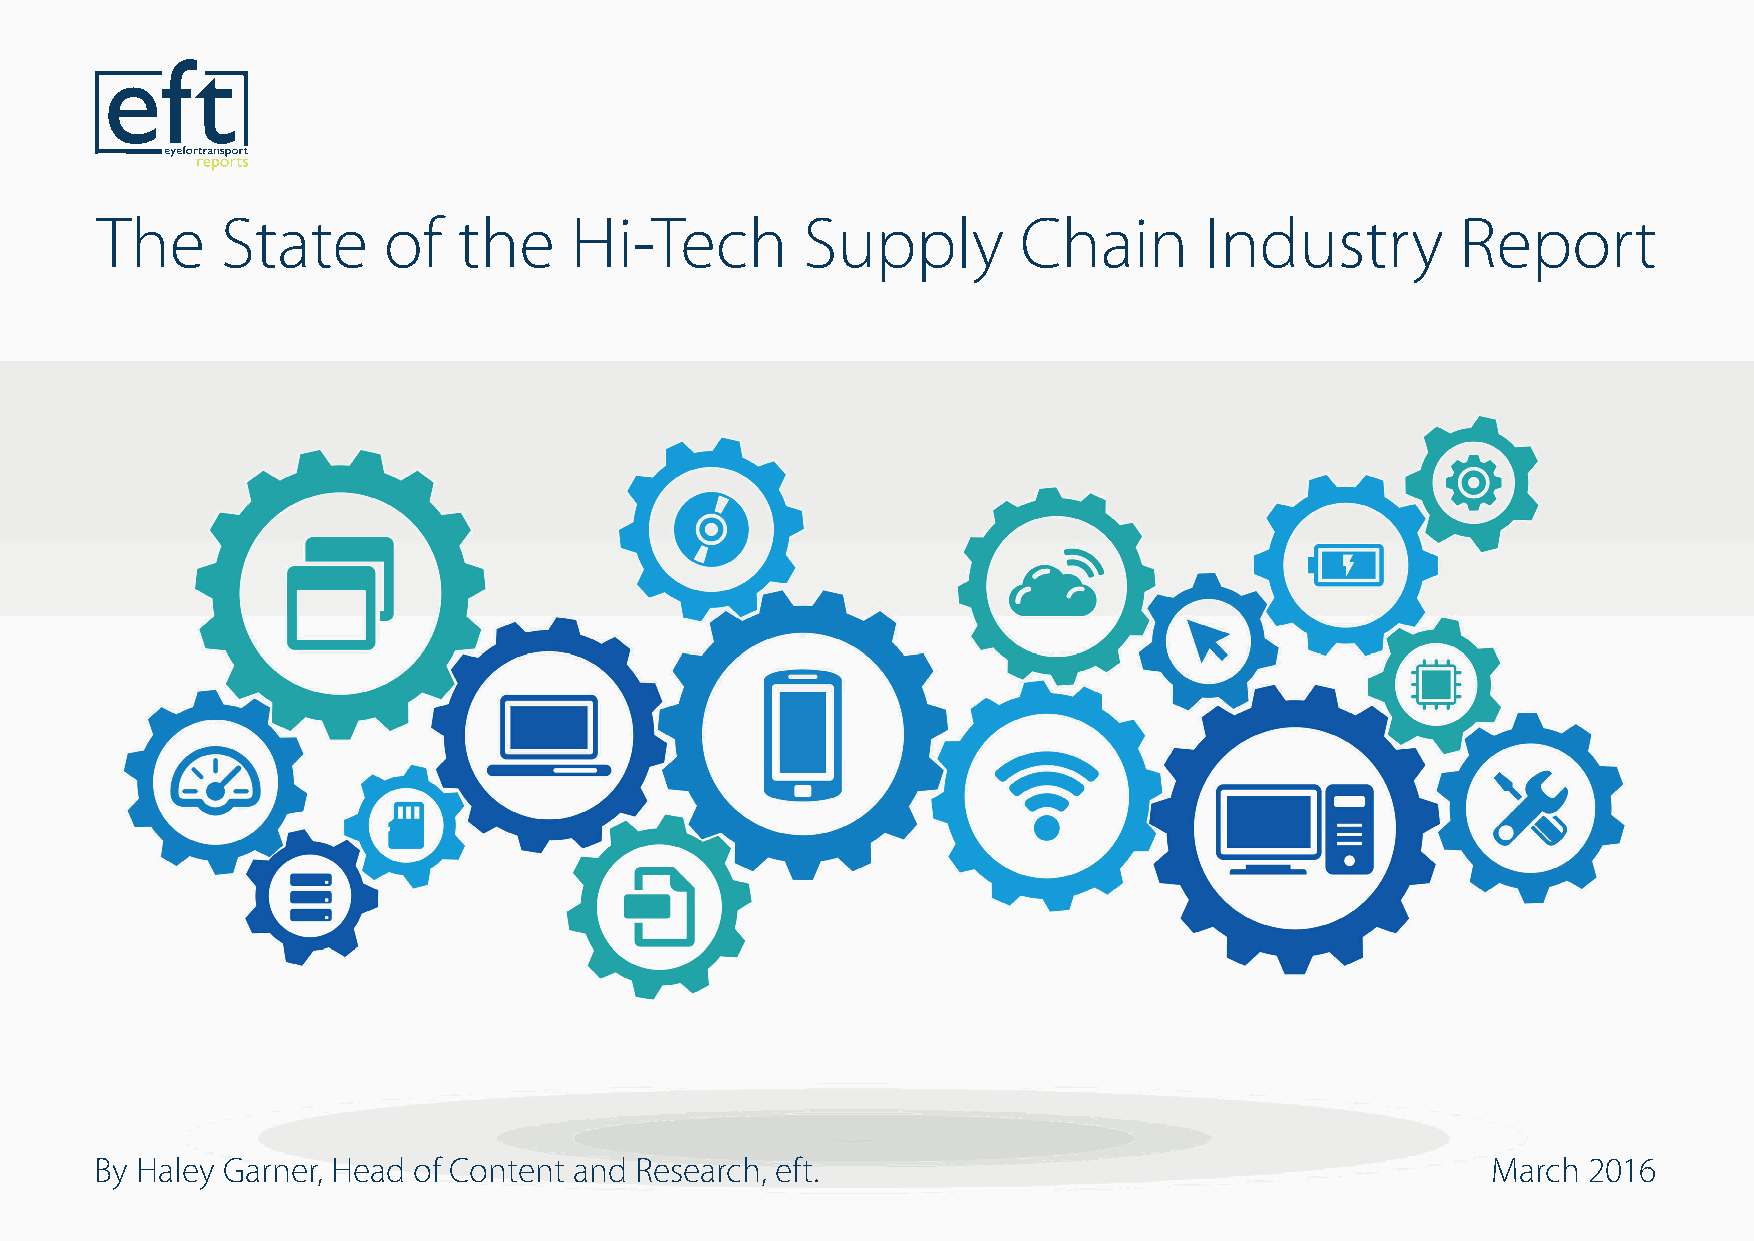
The      State     of   the     Hi-Tech        Supply         Chain       Industry         Report
 By Haley Garner, Head of Content and Research, eft.                                          March 2016